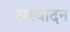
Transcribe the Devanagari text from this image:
अस्वादन